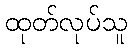
ထုတ်လုပ်သူ